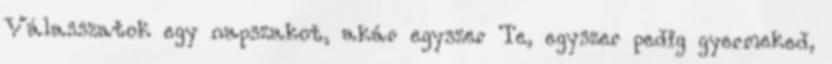
Válasszatok egy napszakot, akár egyszer Te, egyszer pedig gyermeked,